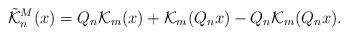
LaTeX: \begin{align*}\tilde{\mathcal{K}}_n^M (x) = Q_n {\mathcal{K}}_m (x) + {\mathcal{K}}_m (Q_n x) - Q_n {\mathcal{K}}_m (Q_n x).\end{align*}